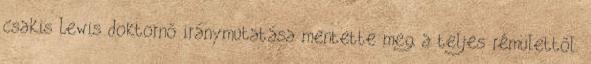
csakis Lewis doktornő iránymutatása mentette meg a teljes rémülettől.